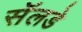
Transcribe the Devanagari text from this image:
सॅलडे